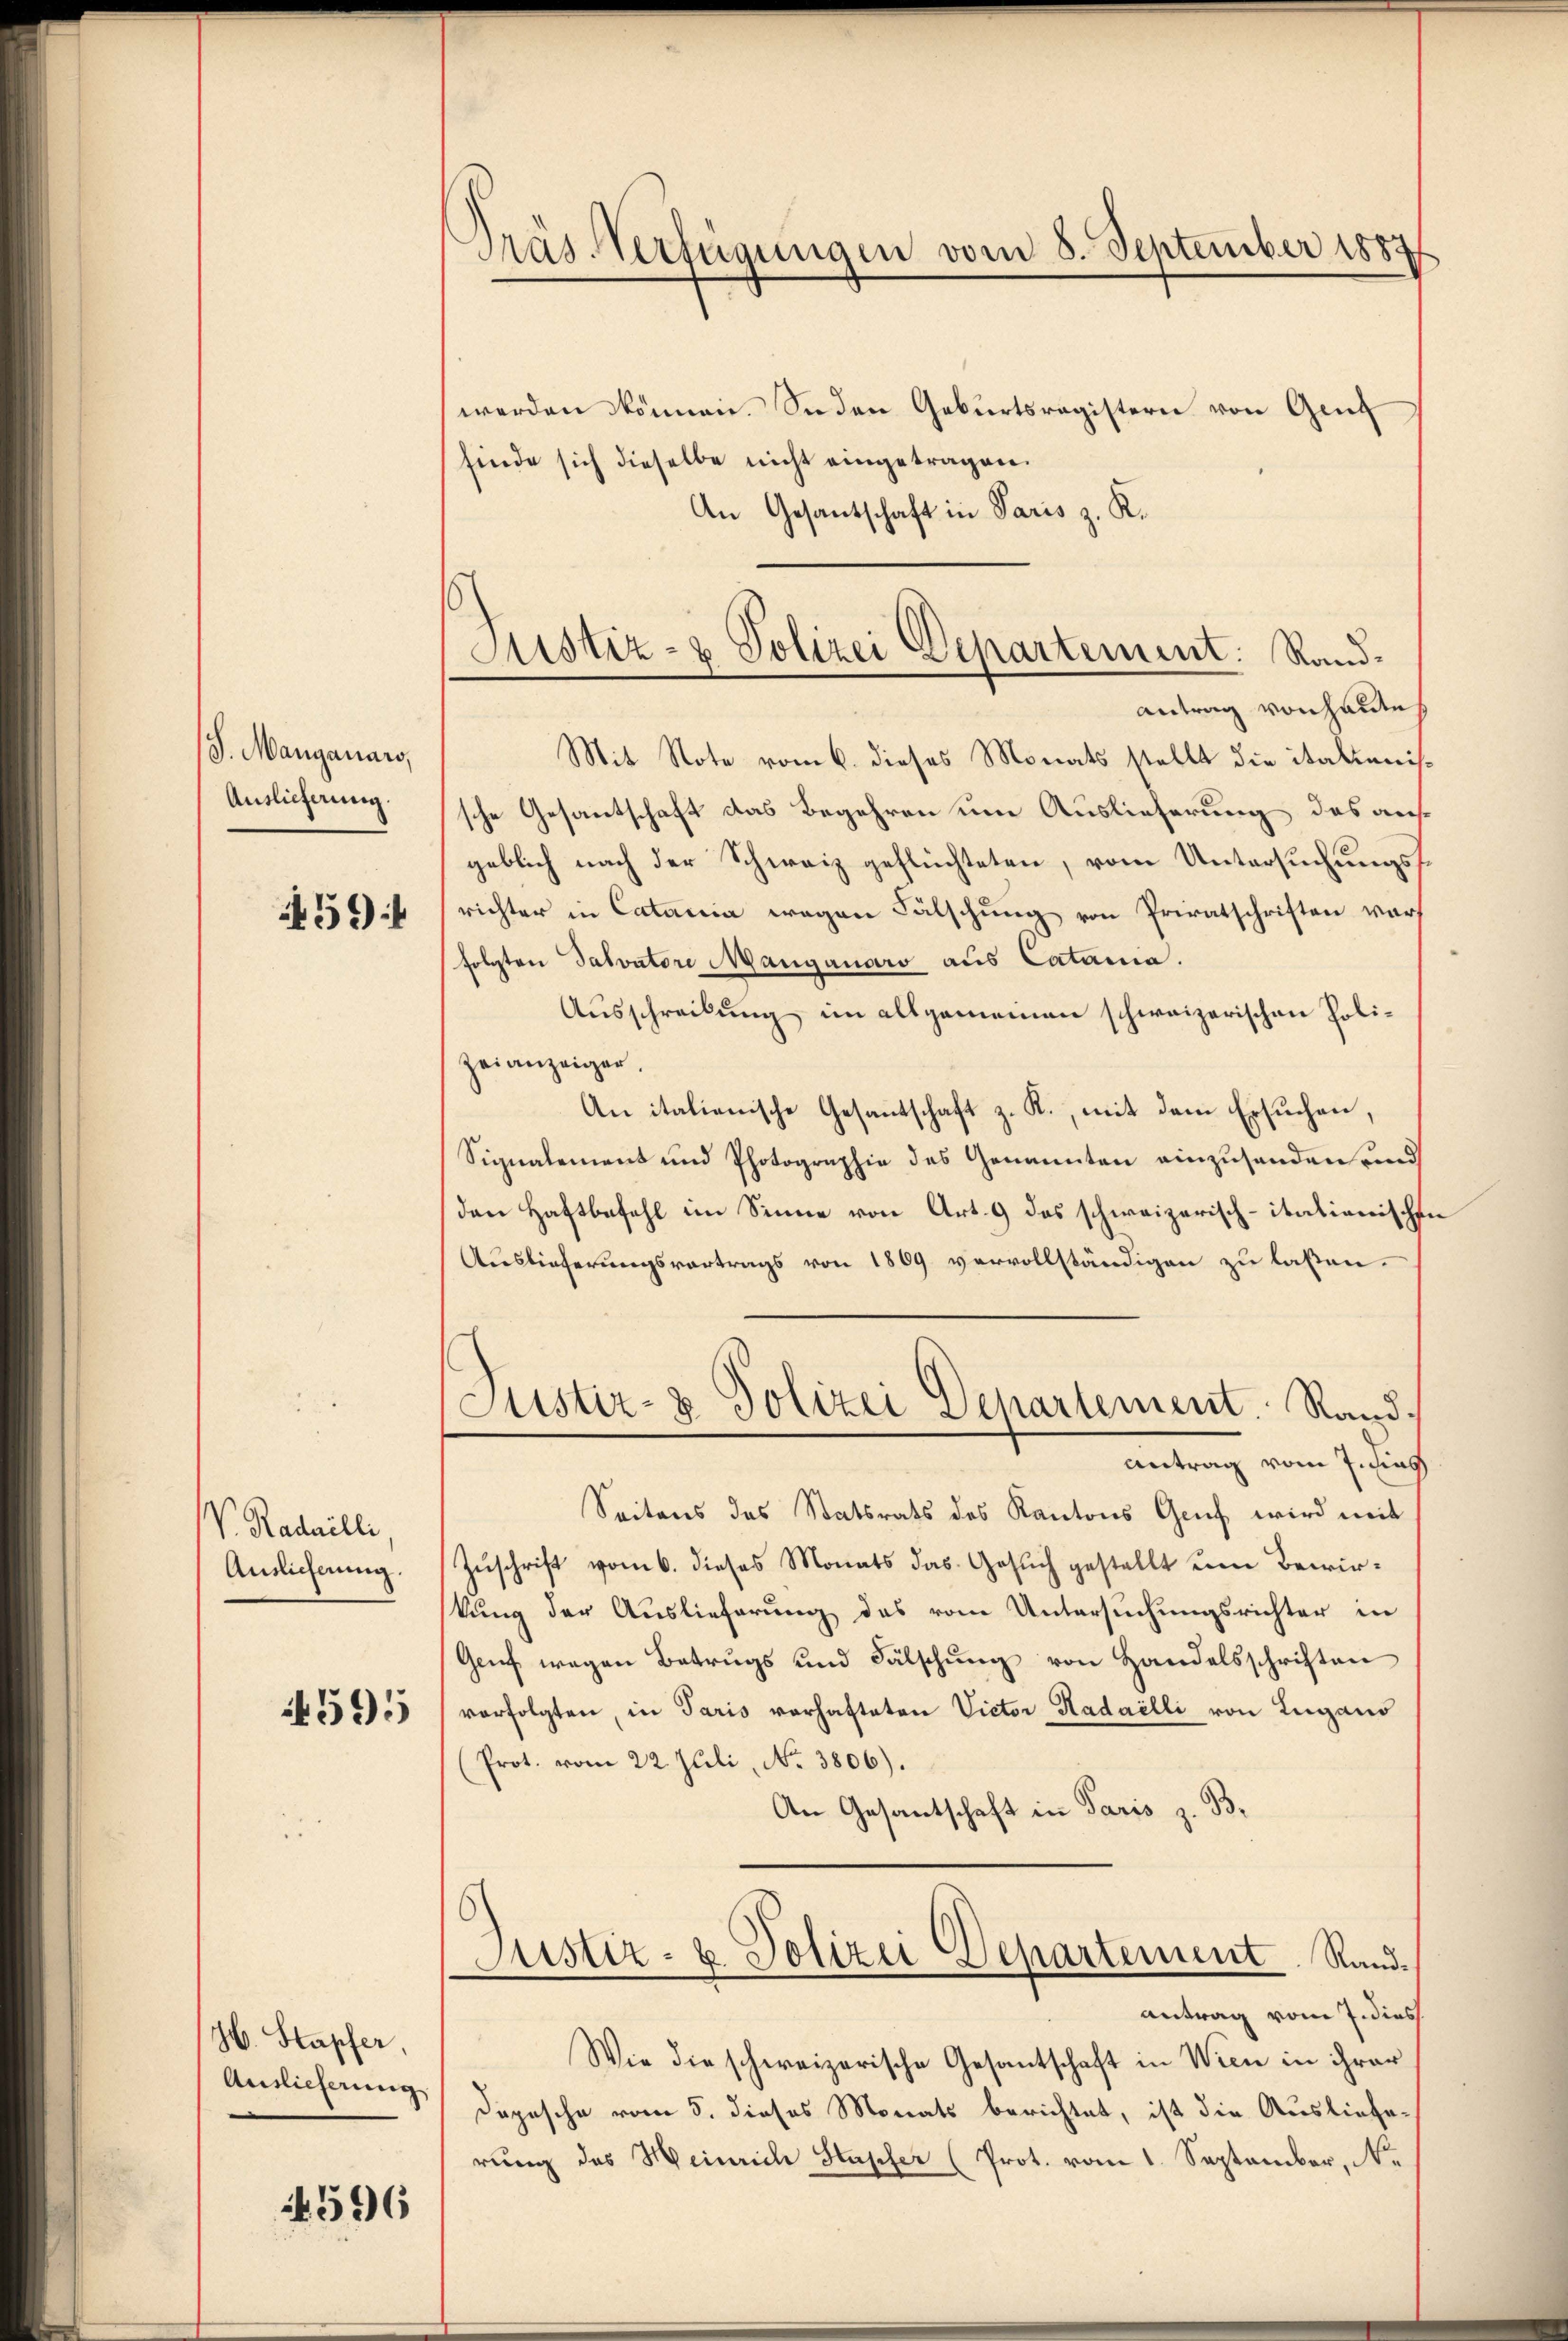
S. Manganars,
Auslieferung.
459

V. Radailli
Anslicherung.
4595

H. Stapfer,
Auslieferung

596

Präs. Verfügungen vom 8. September 1887

werden können. Soden Geburtsregistern von Gend
finde sich dieselbe nicht eingetragen.
An Gesantschaft in Paris z. K.
sche Gesantschaft das Begehren um Auslieferung des ausgeblich nach der Schweiz geflüchteten, vom Untersuchungsrichter in Catania wegen Fälschung von Privatschriften worfolgten Salvatore Manganaro aus Catama.
Ausschreibung im allgemeinen schweizerischen Polizeianzeiger.
An italienische Gesantschaft z. R., mit dem Ersuchen,
Signalement und Photographie des Genannten einzusenden und
den Haftbefehl im Sinne von Art. 9 das schweizerisch-itationische
Auslieferungsvertrags von 1869 vervollständigen zu laßen.
Justiz- & Polizei Departement. Rand.
Antrag vom 7. dies
Seitens des Statsrats des Kantons Gruf wird mit
Zuschrift vom 6. dieses Monats das Gesuch gestellt um Bewirkung der Auslieferung des vom Untersuchungsrichter in
Genf wegen Betrugs und Fälschŭng von Handelsschriften
vorfolgten, in Paris vorhafteten Victor Hadailli von Lugano
(Prot. vom 22. Juli, No. 3806).
An Gesantschaft in Paris z. B.
Justiz- u. Polizei Departement. Randantrag vom 7. dies
Wie die schweizerische Gesantschaft in Wien in ihrer
Depesche vom 5. dieses Monats berichtet, ist die Auslieferung des Heinrich Stapfer (Prot. vom 1. September, No

Justiz- & Polizei Departement: Rand¬
Antrag von hande
Mit Note vom 6. dieses Monats stellt die italienis¬